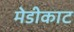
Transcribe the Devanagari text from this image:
मेडीकाट